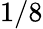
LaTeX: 1/8